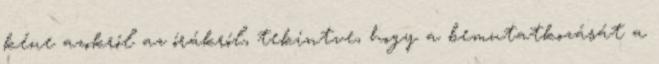
kéne azokról az órákról, tekintve, hogy a bemutatkozását a